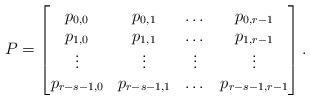
LaTeX: \begin{align*}P = \begin{bmatrix}p_{0, 0} & p_{0, 1} & \dots & p_{0, r - 1} \\p_{1, 0} & p_{1, 1} & \dots & p_{1, r -1} \\\vdots & \vdots & \vdots & \vdots \\p_{r - s - 1, 0} & p_{r - s - 1, 1} & \dots & p_{r - s - 1, r - 1}\end{bmatrix}.\end{align*}